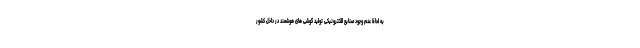
به لحاظ عدم وجود صنایع الکترونیکی تولید گوشی های هوشمند در داخل کشور